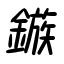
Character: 鏃